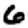
Digit: 6